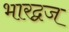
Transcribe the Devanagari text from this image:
भारद्वज